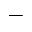
\_